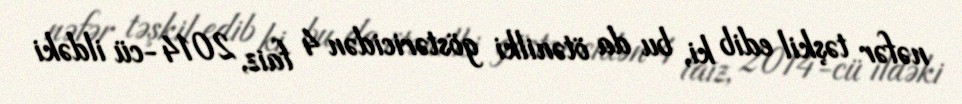
nəfər təşkil edib ki, bu da ötənilki göstəricidən 4 faiz, 2014-cü ildəki